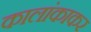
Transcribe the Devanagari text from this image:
कालांकाकर